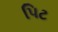
પિટ